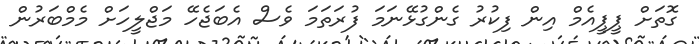
ގޮތަށް ޕީޕީއެމް އިން ފިކުރު ގެންގުޅޭނަމަ ފުރަތަމަ ވެސް އެބަޖެހޭ މަޖްލީހަށް މެމްބަރުން